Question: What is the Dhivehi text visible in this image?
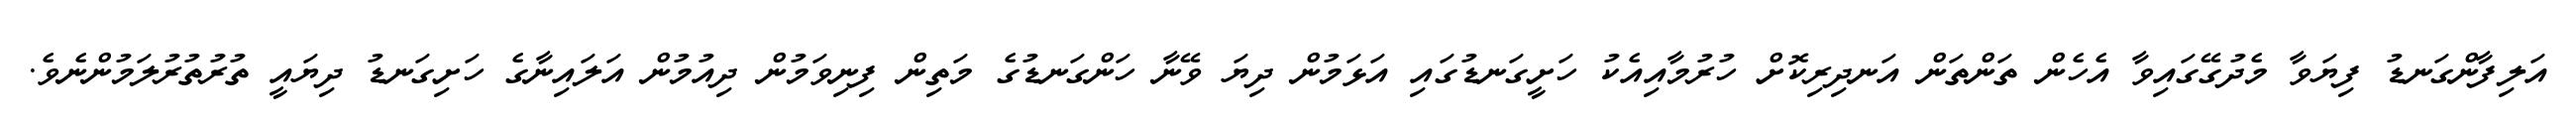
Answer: އަލިފާންގަނޑު ފިޔަވާ މެދުގޭގައިވާ އެހެން ތަންތަން އަނދިރިކޮށް ހުރުމާއިއެކު ހަށީގަނޑުގައި އަޅަމުން ދިޔަ ވޭނާ ހަންގަނޑުގެ މަތިން ފިނިވަމުން ދިއުމުން އަލައިނާގެ ހަށިގަނޑު ދިޔައީ ތުރުތުރުލަމުންނެވެ.